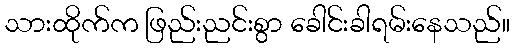
သားထိုက်က ဖြည်းညင်းစွာ ခေါင်းခါရမ်းနေသည်။